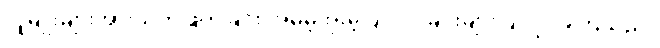
လူမျိုးများအားသတ်ဖြတ်ခြင်း၊အိမ်မဲ့အိုးမဲ့ပြုလုပ်ခြင်းများပြုလုပ်ခဲ့ကြသည်။